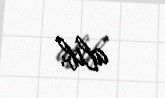
alıb.